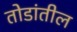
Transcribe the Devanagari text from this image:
तोडांतील